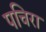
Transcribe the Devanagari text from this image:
पचिरा